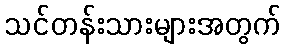
သင်တန်းသားများအတွက်